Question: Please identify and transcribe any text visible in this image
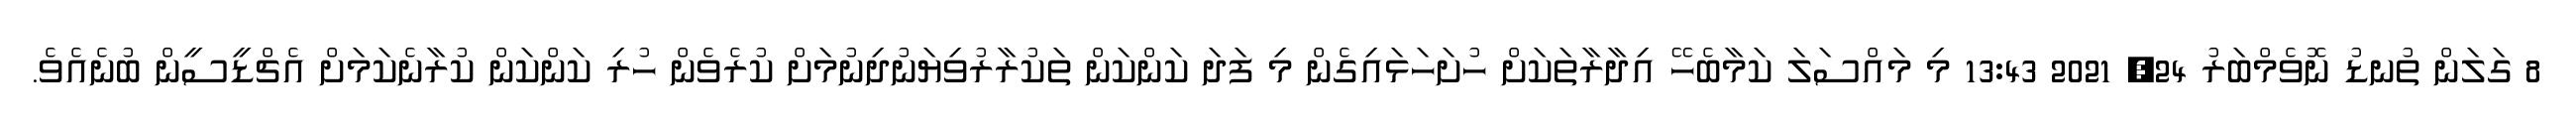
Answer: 8 ގަލަން ތުނޑު ނޮވެމްބަރު 24, 2021 13:43 މި މައްސަލަ ކަމާބެހޭ އިދާރާތަކަށް ހުށަހަޅައިގެން މި ފަދަ ކަންކަން ތަކުރާރުވިޔަނުދިނުމަށް ކުރެވެން ހުރި ކަންކަން ކުރާނެކަމަށް އެޗްޑީސީން ބުނެއެވެ.